Civil Veterinary Dept. Bombay admin report 1932-41 - 1932-1941
Year: 1932
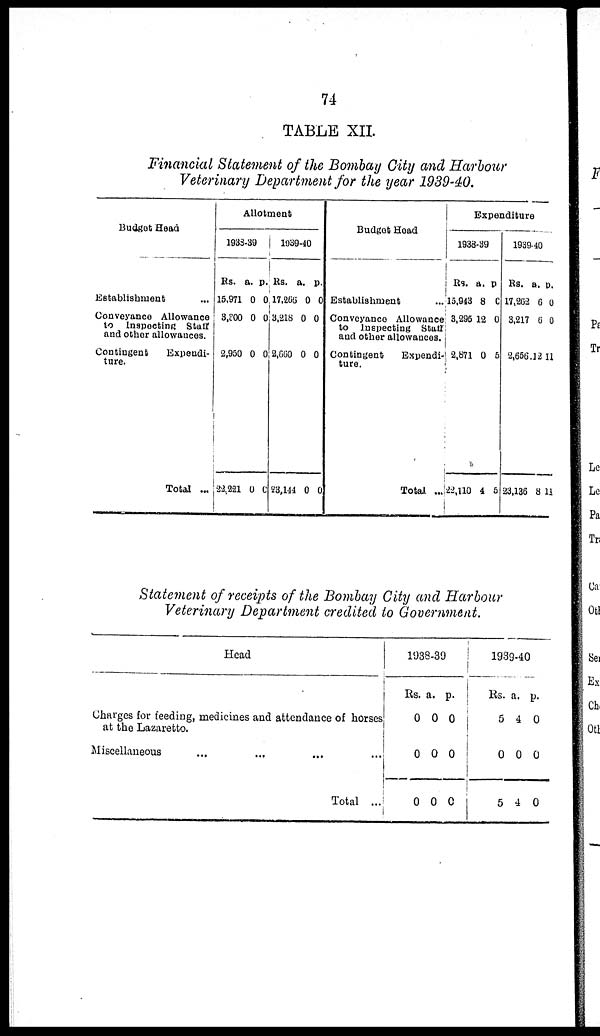
74
TABLE XII.
Financial Statement of the Bombay City and Harbour
Veterinary Department for the year 1939-40.
Budget Head
Establishment ...
Conveyance Allowance
to Inspecting Staff
and other allowances.
Contingent
Expendi-
ture.
Total ...
Allotment
1938-39
Rs.
15,971
3,200
2,950
22,221
a.
0
0
0
0
p.
0
0
0
0
1939-40
Rs.
17,256
3,218
2,660
28,144
a.
0
0
0
0
p.
0
0
0
0
Budget Head
Establishment ...
Conveyance Allowance
to inspecting Staff
and other allowances.
Contingent
Expendi-
ture.
Total ...
Expenditure
1938-39
Rs.
15,943
3,225
2,871
22,110
a.
8
12
0
4
p.
0
0
5
5
1939-40
Rs.
17,262
8,217
2,656
23,136
a.
6
6
12
8
p.
0
0
11
11
Statement of receipts of the Bombay City and Harbour
Veterinary Department credited to Government.
Head
Charges for feeding, medicines and attendance of horses
at the Lazaretto.
Miscellaneous
...
... ... ...
Total ...
1938-39
Rs.
0
0
0
a.
0
0
0
p.
0
0
0
1939-40
Rs.
5
0
5
a.
4
0
4
p.
0
0
0